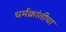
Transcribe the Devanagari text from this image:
धर्मक्रांतीचा